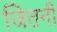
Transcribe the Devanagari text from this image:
जितनी